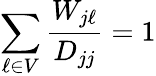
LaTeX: \sum_{\ell\in V}\frac{W_{j\ell}}{D_{jj}}=1